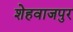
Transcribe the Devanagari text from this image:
शेहवाजपुर